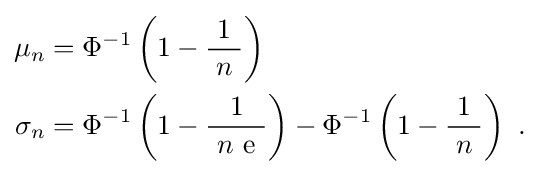
{\begin{aligned}\mu _{n}&=\Phi ^{-1}\left(1-{\frac {\ 1\ }{n}}\right)\\\sigma _{n}&=\Phi ^{-1}\left(1-{\frac {1}{\ n\ \mathrm {e} \ }}\right)-\Phi ^{-1}\left(1-{\frac {\ 1\ }{n}}\right)~.\end{aligned}}